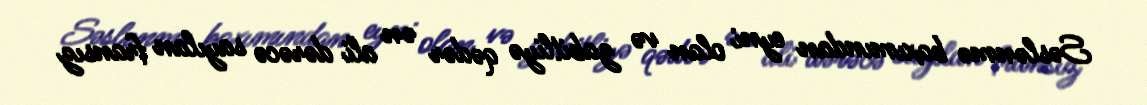
Səslənmə baxımından eyni olan və zabitliyə qədər ən ali dərəcə sayılan fransız